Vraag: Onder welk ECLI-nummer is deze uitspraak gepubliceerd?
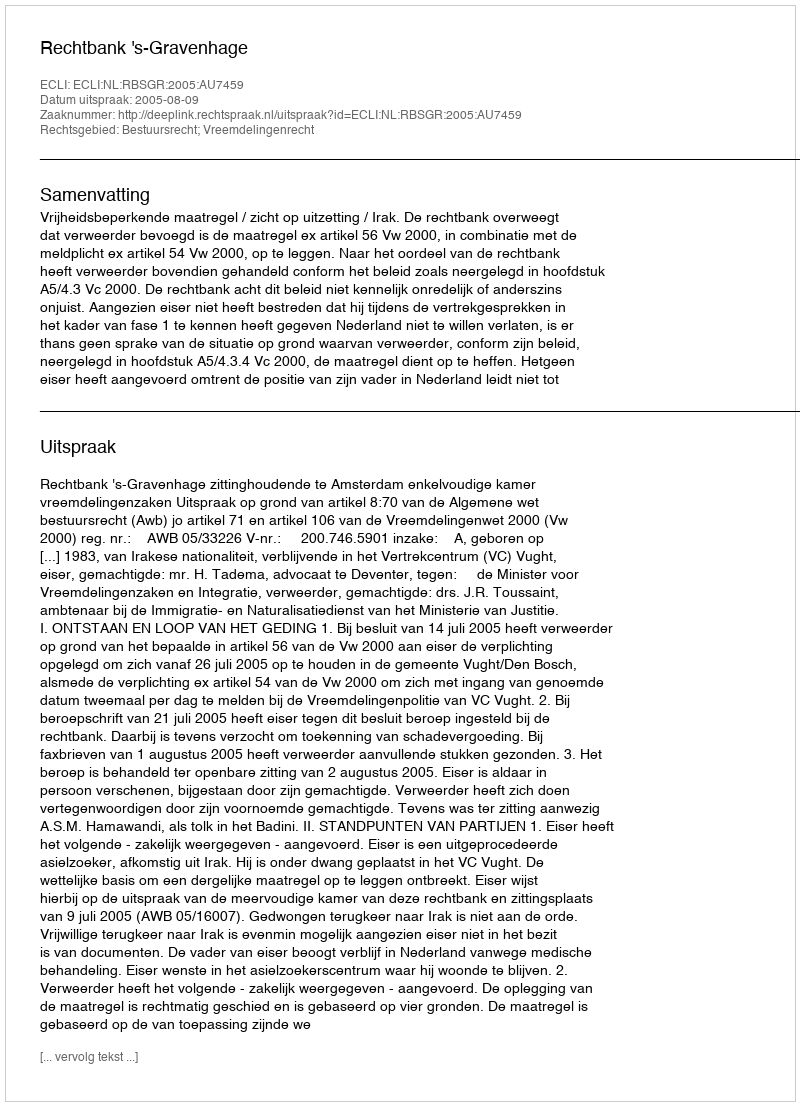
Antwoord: ECLI:NL:RBSGR:2005:AU7459